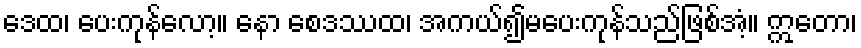
ဒေထ၊ ပေးကုန်လော့။ နော စေဒဿထ၊ အကယ်၍မပေးကုန်သည်ဖြစ်အံ့။ ဣတော၊